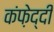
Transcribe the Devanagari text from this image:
कंफ़ेद्दी